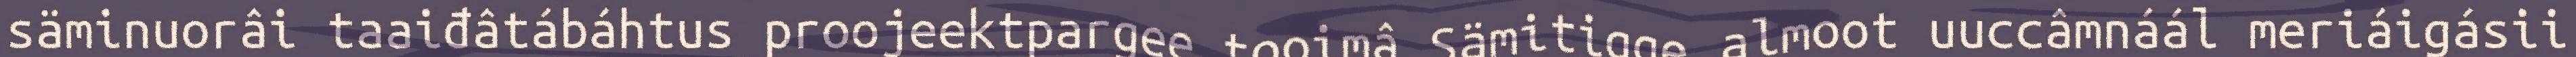
säminuorâi taaiđâtábáhtus proojeektpargee tooimâ Sämitigge almoot uuccâmnáál meriáigásii